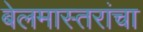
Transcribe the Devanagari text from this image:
बेलमास्तरांचा